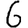
Digit: 6